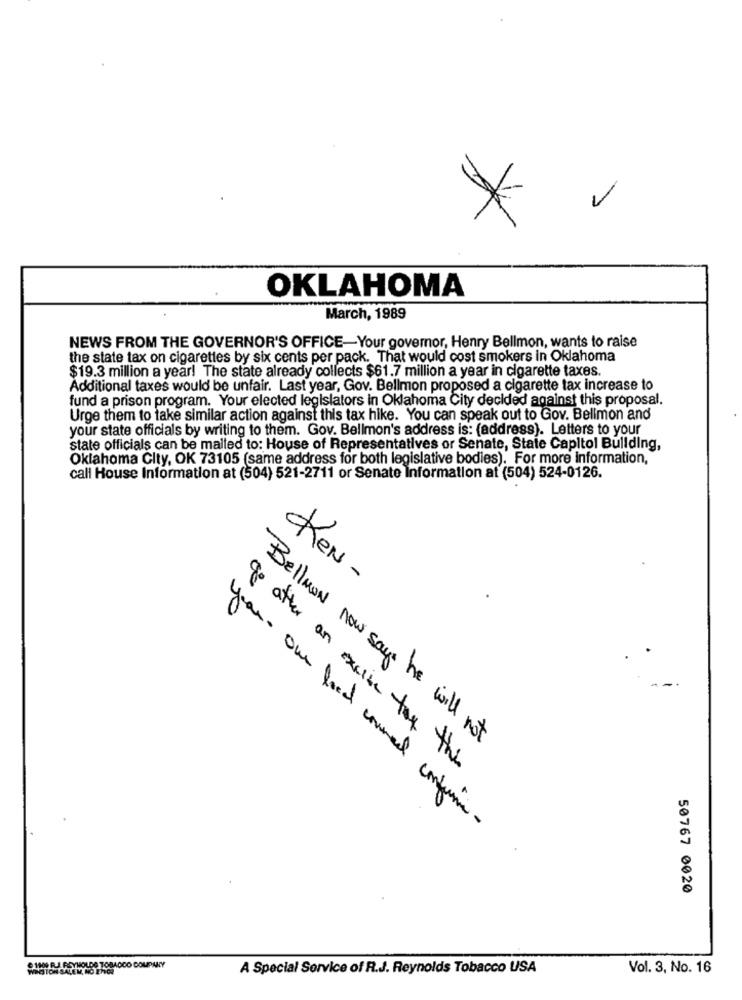
*
OKLAHOMA
March, 1989
NEWS FROM THE GOVERNOR'S OFFICE-Your governor, Henry Bellmon, wants to raise
the state tax on cigarettes by six cents per pack. That would cost smokers in Oklahoma
$19.3 million a year! The state already collects $61.7 million a year in cigarette taxes
Additional taxes would be unfair. Last year, Gov. Bellmon proposed a cigarette tax increase to
fund a prison program. Your elected legislators in Oklahoma City decided against this proposal.
Urge them to take similar action against this tax hike. You can speak out to Gov. Bellmon and
your state officials by writing to them. Gov. Bellmon's address is: (address). Letters to your
state officials can be mailed to: House of Representatives or Senate, State Capitol Building,
Oklahoma City, OK 73105 (same address for both legislative bodies). For more Information,
call House Information at (504) 521-2711 or Senate Information at (504) 524-0126.
Ken -
Bellmon now says he will not
go after an excise tax the
you. our food coune confuse-
50767 0020
1109 R.J. REYNOLDS TOBACCO COMPANY
WESTON SALEM, NO 2hCe
A Special Service of R.J. Reynolds Tobacco USA
Vol. 3, No. 16